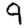
Digit: 9